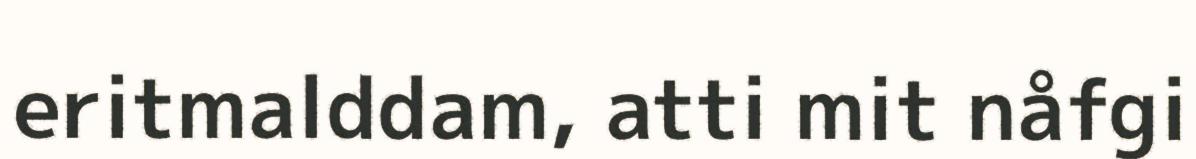
eritmalddam, atti mit nåfgi